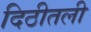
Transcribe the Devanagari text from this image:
दिठीतली